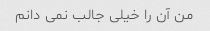
من آن را خیلی جالب نمی دانم